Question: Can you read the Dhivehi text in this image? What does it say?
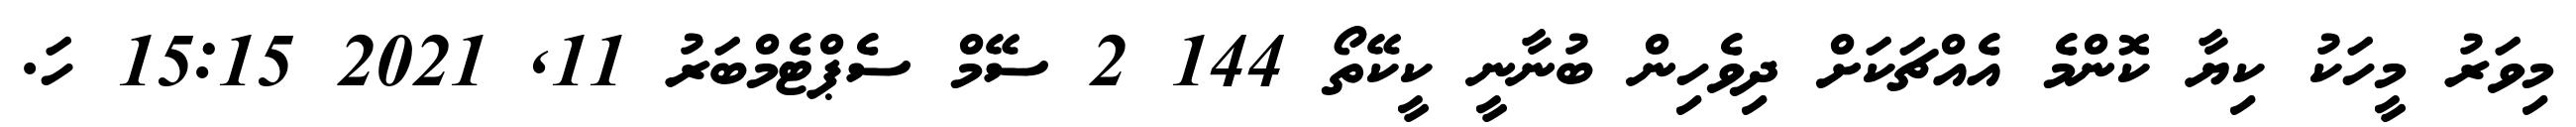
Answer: މިވަރު މީހަކު ކިޔާ ކޮންމެ އެއްޗަކަށް ދިވެހިން ބުނާނީ ކީކޭތޯ 144 2 ސޭމް ސެޕްޓެމްބަރު 11, 2021 15:15 ހަ.